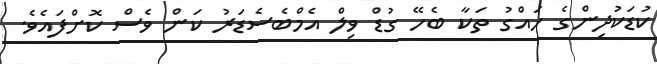
ކުޑަކުދިންގެ ހައްގު ތަކާ ބެހޭ ގުޑް ވިލް އެމްބެސެޑަރު ކަން ވެސް ކޮށްފައެވެ.